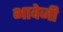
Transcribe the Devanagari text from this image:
भावेजी